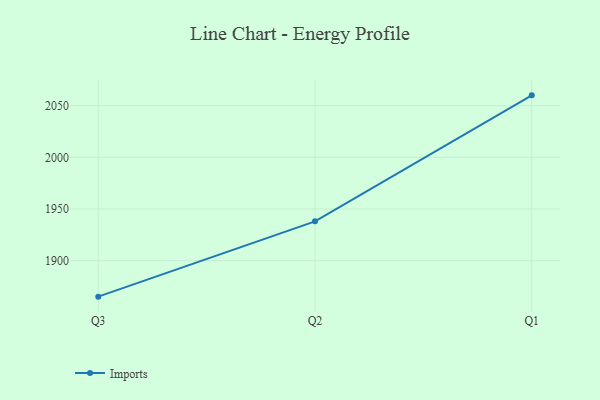
{"axis": {"x": "Quarter", "y": "Demand Index"}, "legend": ["Imports"], "data": [{"x": "Q3", "y": 1865.2, "type": "Imports"}, {"x": "Q2", "y": 1938.1, "type": "Imports"}, {"x": "Q1", "y": 2060.0, "type": "Imports"}]}